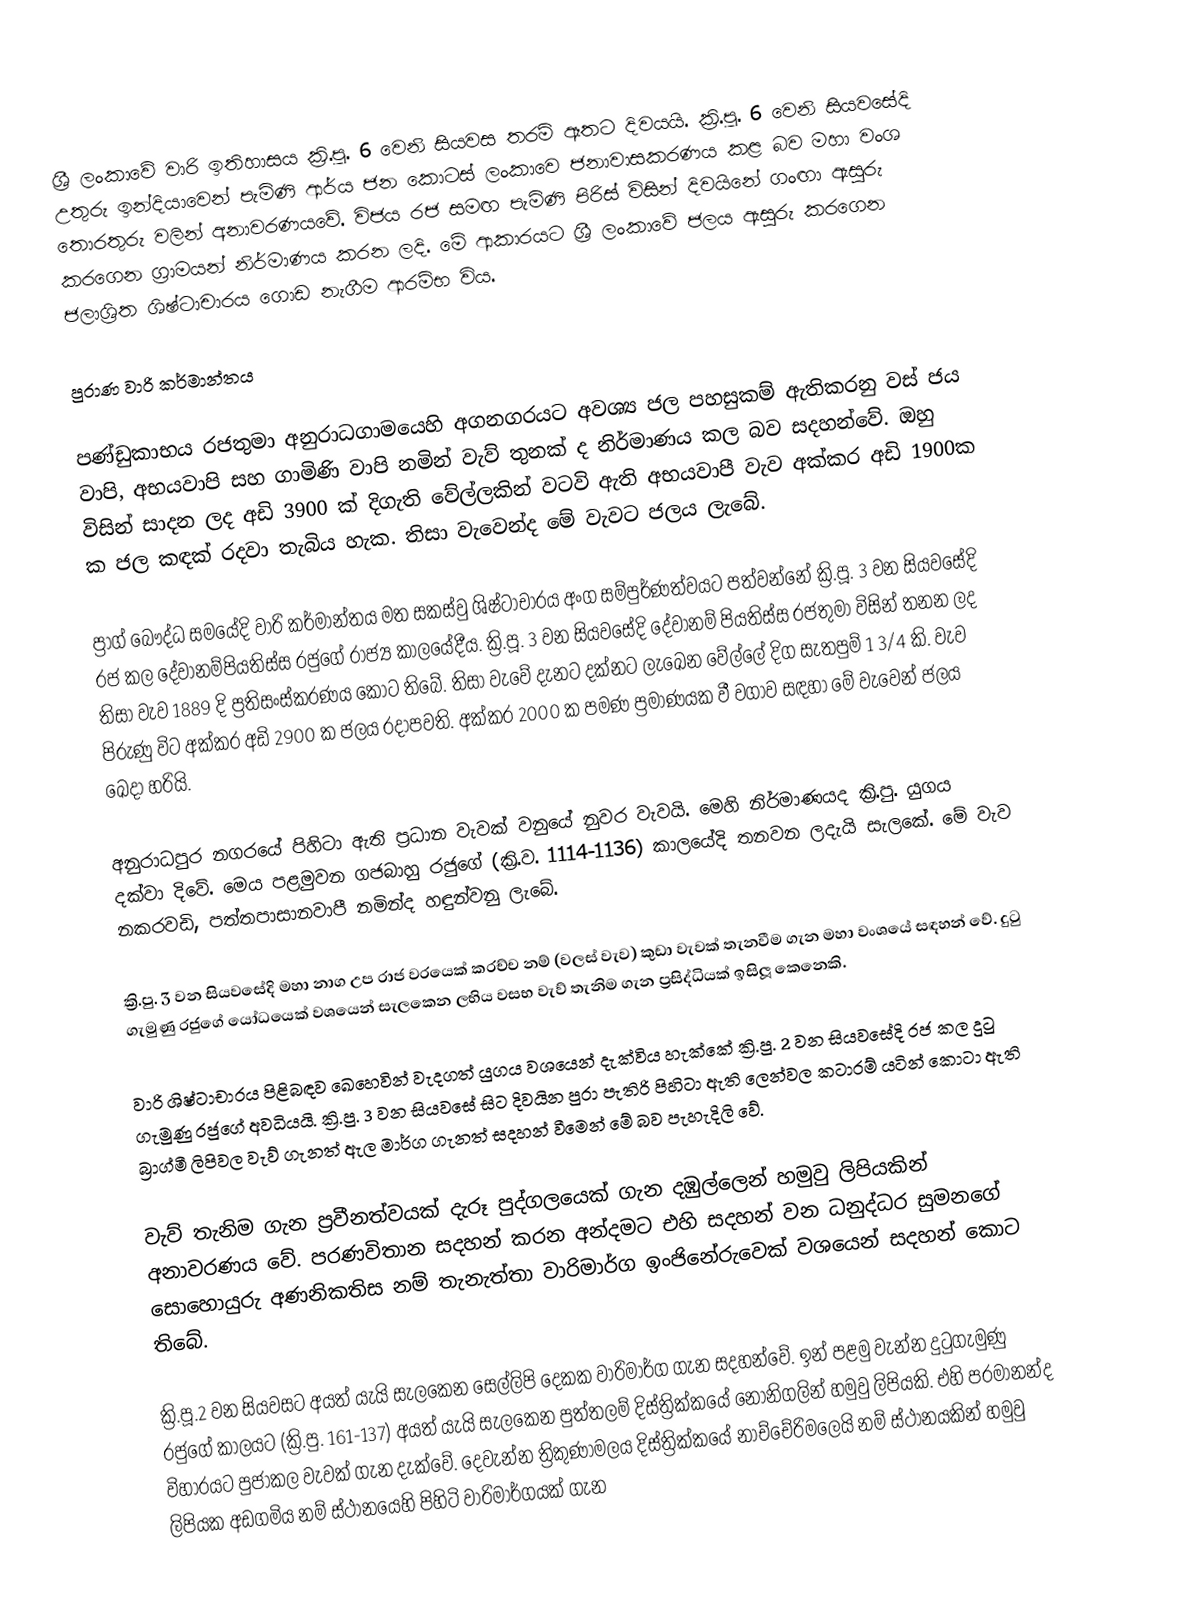
ශ්‍රී ලංකා‍වේ වාරි ඉතිහාසය ක්‍රි.පූ. 6 වෙනි සියවස තරම් ඈතට දිවයයි. ක්‍රි.පූ. 6 වෙනි සියවසේදි උතුරු ඉන්දියාවෙන් පැමිණි ආර්ය ජන කොටස් ලංකා‍‍වෙ ජනාවාසකරණය කළ බව මහා වංශ තොරතුරු වලින් අනාවරණය‍‍වේ. විජය රජ සමඟ පැමිණි පිරිස් විසින් දිවයිනේ ගංඟා ඇසුරු කරගෙන ග්‍රාමයන් නිර්මාණය කරන ලදි. මේ ආකාරයට ශ්‍රී ලංකාවේ ජලය ඇසුරු කරගෙන ජලාශ්‍රිත ශිෂ්ටාචාරය ගොඩ නැගීම ආරම්භ විය.

පුරාණ වාරි කර්මාන්තය

පණ්ඩුකාභය රජතුමා අනුරාධගාමයෙහි අගනගරයට අවශ්‍ය ජල පහසුකම් ඇතිකරනු වස් ජය වාපි, අභයවාපි සහ ගාමිණි වාපි නමින් වැව් තුනක් ද නිර්මාණය කල බව සදහන්වේ. ඔහු විසින් සාදන ලද අඩි 3900 ක් දිගැති වේල්ලකින් වටවි ඇති අභයවාපී වැව අක්කර අඩි 1900ක ක ජල කඳක් රදවා තැබිය හැක. තිසා වැවෙන්ද මේ වැවට ජලය ලැබේ.

ප්‍රාග් බෞද්ධ සමයේදි වාරි කර්මාන්තය මත සකස්වු ශිෂ්ටාචාරය අංග සම්පුර්ණත්වයට පත්වන්නේ ක්‍රි.පූ. 3 වන සියවසේදි රජ කල දේවානම්පියතිස්ස රජුගේ රාජ්‍ය කාලයේදීය. ක්‍රි.පූ. 3 වන සියවසේදි දේවානම් පියතිස්ස රජතුමා විසින් තනන ලද තිසා වැව 1889 දි ප්‍රතිසංස්කරණය කොට තිබේ.  තිසා වැවේ දැනට දක්නට ලැඛෙන වේල්ලේ දිග සැතපුම් 1 3/4 කි. වැව පිරුණු විට අක්කර අඩි 2900 ක ජලය රදාපවති. අක්කර 2000 ක පමණ ප්‍රමාණයක වී වගාව සඳහා මේ වැවෙන් ජලය ඛෙදා හරියි.

අනුරාධපුර නගරයේ පිහිටා ඇති ප්‍රධාන වැවක් වනුයේ නුවර වැවයි. මෙහි නිර්මාණයද ක්‍රි.පු. යුගය දක්වා දිවේ.  මෙය පළමුවන ගජබාහු රජුගේ (ක්‍රි.ව. 1114-1136) කාලයේදි තනවන ලදැයි සැලකේ. මේ වැව නකරවඩි, පත්තපාසානවාපී නමින්ද හඳුන්වනු ලැබේ.

ක්‍රි.පු. 3 වන සියවසේදි මහා නාග උප රාජ වරයෙක් කරච්ච නම් (වලස් වැව) කුඩා වැවක් තැනවීම ගැන මහා වංශයේ සඳහන් වේ. දුටු ගැමුණු රජුගේ යෝධයෙක් වශයෙන් සැලකෙන ලභිය වසභ වැව් තැනිම ගැන ප්‍රසිද්ධියක් ඉසිලූ කෙනෙකි.

වාරි ශිෂ්ටාචාරය පිළිබඳව ඛෙහෙවින් වැදගත් යුගය වශයෙන් දැක්විය හැක්කේ ක්‍රි.පු.  2 වන සියවසේදි රජ කල දුටු ගැමුණු රජුගේ අවධියයි.  ක්‍රි.පු. 3 වන සියවසේ සිට දිවයින පුරා පැතිරි පිහිටා ඇති ලෙන්වල කටාරම් යටින් කොටා ඇති බ්‍රාග්මී ලිපිවල වැව් ගැනත් ඇල මාර්ග ගැනත් සදහන් වීමෙන් මේ බව පැහැදිලි වේ.

වැව් තැනිම ගැන ප්‍රවීනත්වයක් දැරූ පුද්ගලයෙක් ගැන දඹුල්ලෙන් හමුවු ලිපියකින් අනාවරණය වේ. පරණවිතාන සදහන් කරන අන්දමට එහි සදහන් වන ධනුද්ධර සුමනගේ සොහොයුරු අණනිකතිස නම් තැනැත්තා වාරිමාර්ග ඉංජිනේරුවෙක් වශයෙන් සදහන් කොට තිබේ.

ක්‍රි.පූ.2 වන සියවසට අයත් යැයි සැලකෙන සෙල්ලිපි දෙකක වාරිමාර්ග ගැන සදහන්වේ. ඉන් පළමු වැන්න දුටුගැමුණු රජුගේ කාලයට (ක්‍රි.පු. 161-137) අයත් යැයි සැලකෙන පුත්තලම් දිස්ත්‍රික්කයේ නෝනිගලින් හමුවු ලිපියකි. එහි පරමානන්ද විහාරයට පුජාකල වැවක් ගැන දැක්වේ. දෙවැන්න ත්‍රිකුණාමලය දිස්ත්‍රික්කයේ නාච්චේරිමලෙයි නම් ස්ථානයකින් හමුවු ලිපියක අඩගමිය නම් ස්ථානයෙහි පිහිටි වාරිමාර්ගයක් ගැන